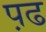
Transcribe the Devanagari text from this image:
प़ढ